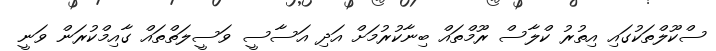
ސްކޫލްތަކުގައި އިތުރު ކްލާސް ރޫމްތައް ބިނާކުރުމަށް އަދި އަސާސީ ވަސީލަތްތައް ގާއިމްކުރަން ވަނީ